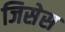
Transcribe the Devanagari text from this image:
जिसेस